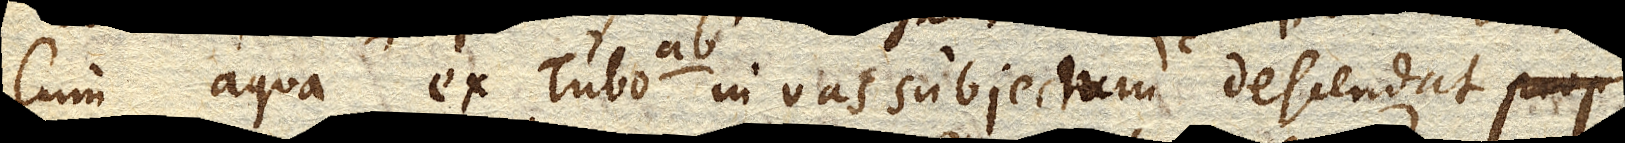
Cum aqua liquorve alius ex Tubo ab. in vas subjectum c. descendat